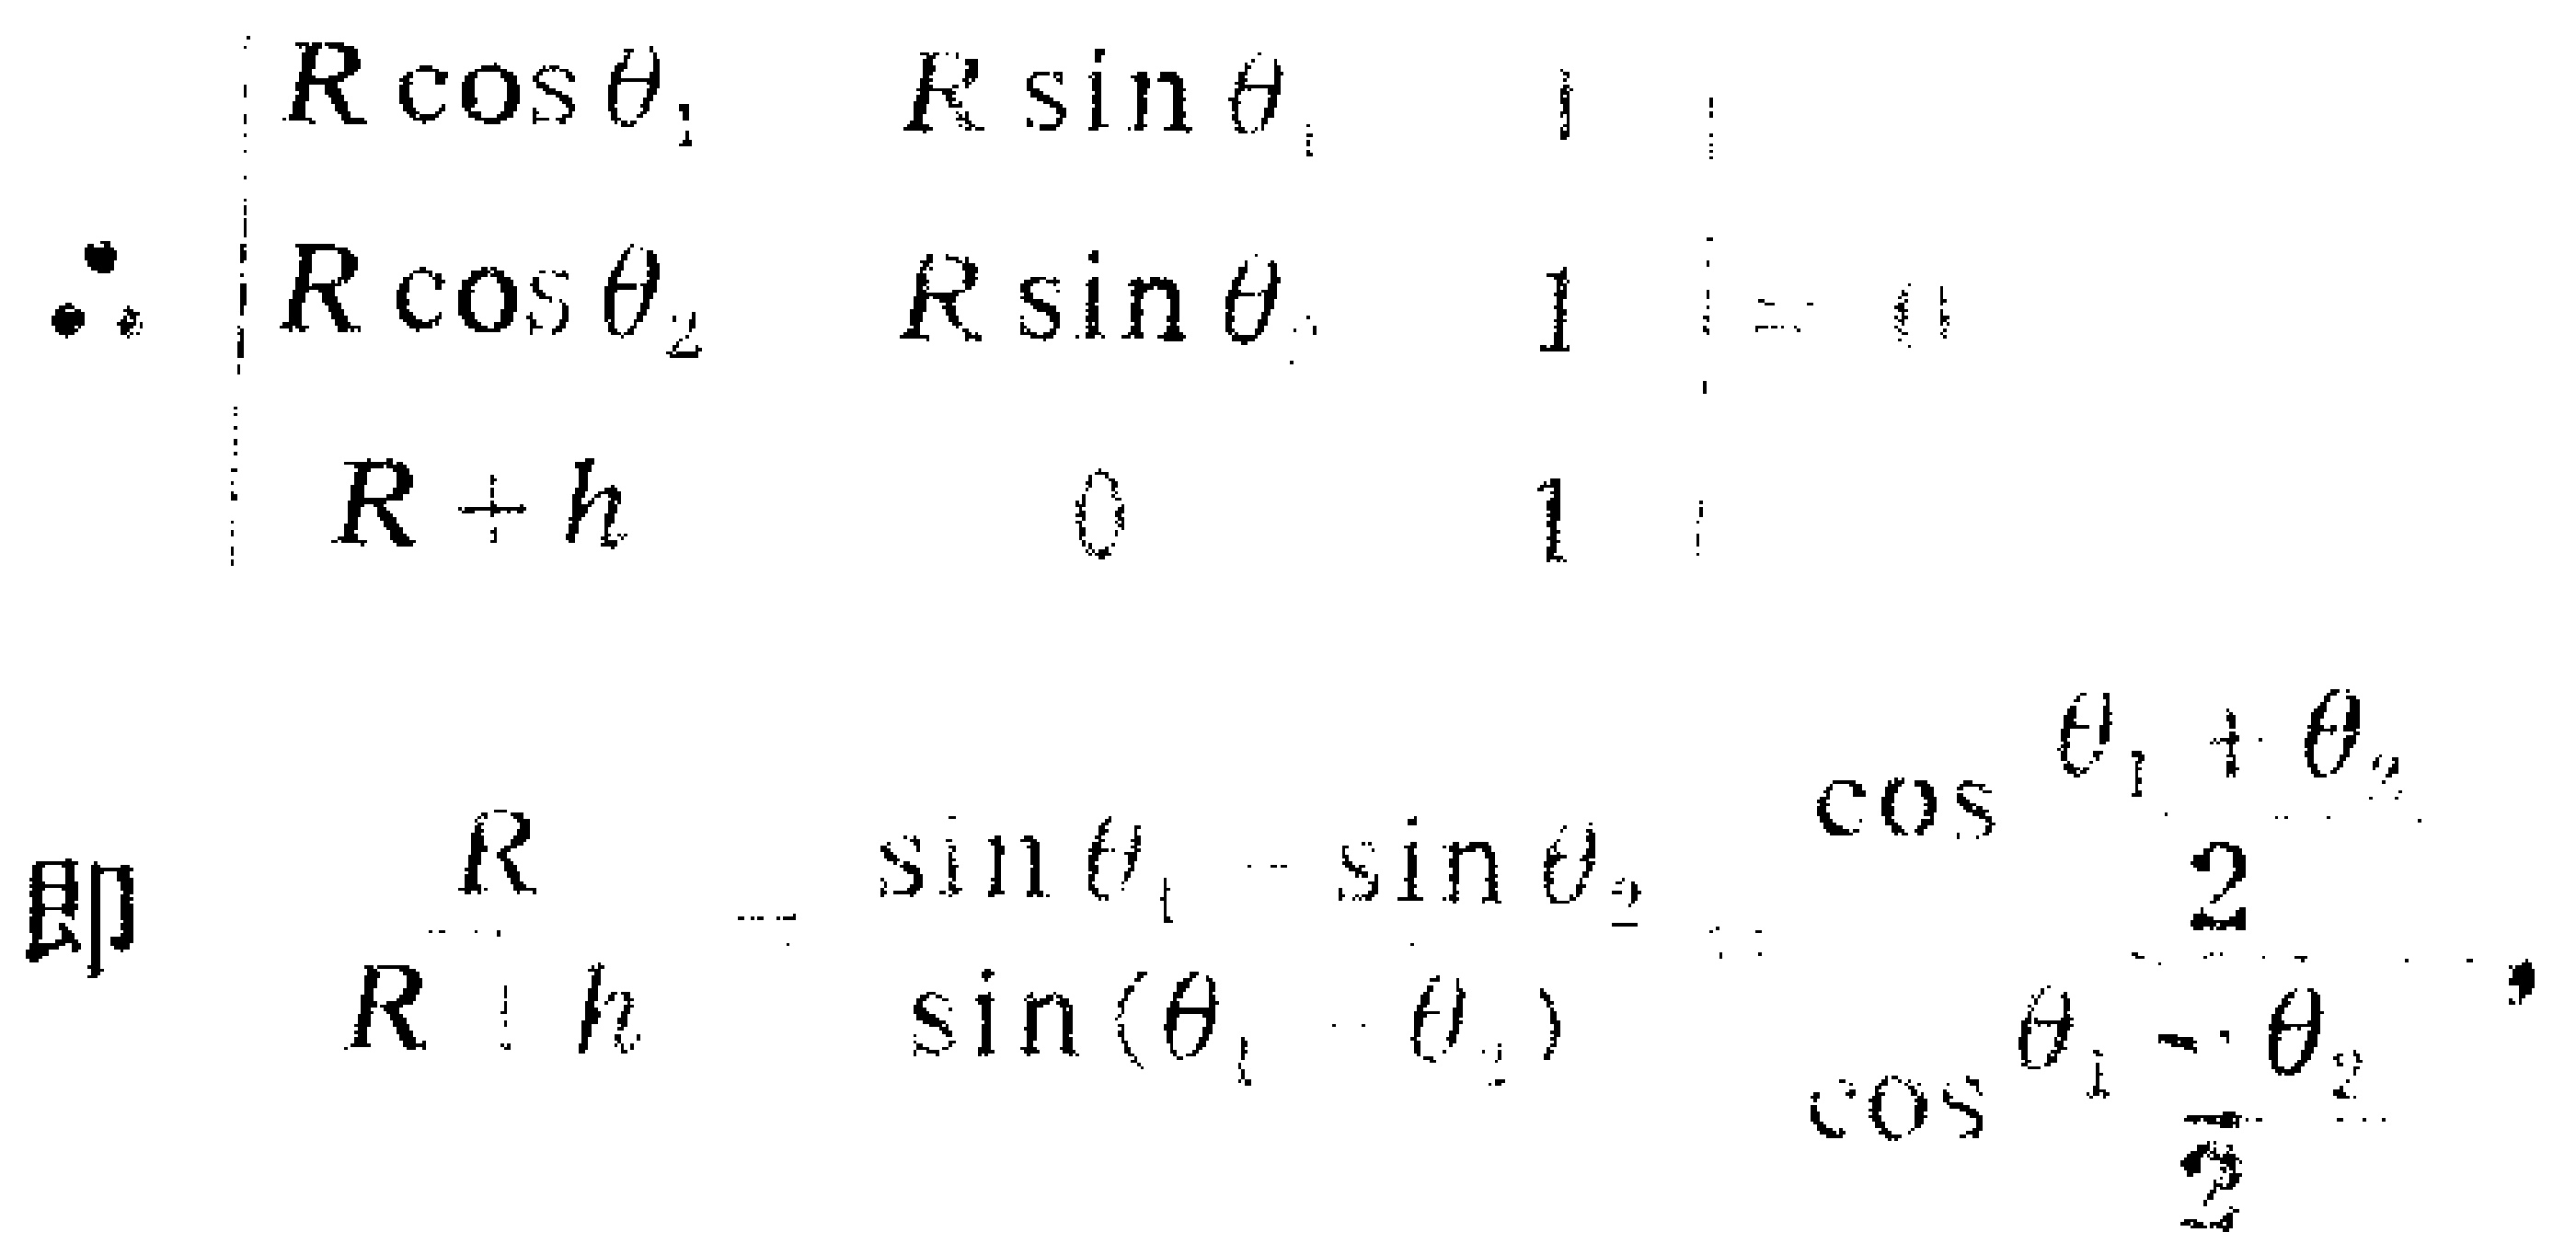
\[

\begin{align*}

\therefore\begin{vmatrix}

R\cos\theta_1 & R\sin\theta_1 & 1\\

R\cos\theta_2 & R\sin\theta_2 & 1\\

R + h & 0 & 1

\end{vmatrix}&= 0\\

\text{即}\quad\frac{R}{R + h}&=\frac{\sin\theta_1-\sin\theta_2}{\sin(\theta_1 - \theta_2)}=\frac{\cos\frac{\theta_1+\theta_2}{2}}{\cos\frac{\theta_1 - \theta_2}{2}}

\end{align*}

\]